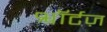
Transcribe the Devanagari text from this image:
श्वॉर्टज़